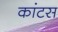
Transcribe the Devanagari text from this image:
कांटस